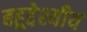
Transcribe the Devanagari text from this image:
बहूद्देश्यीय